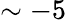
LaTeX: \sim-5